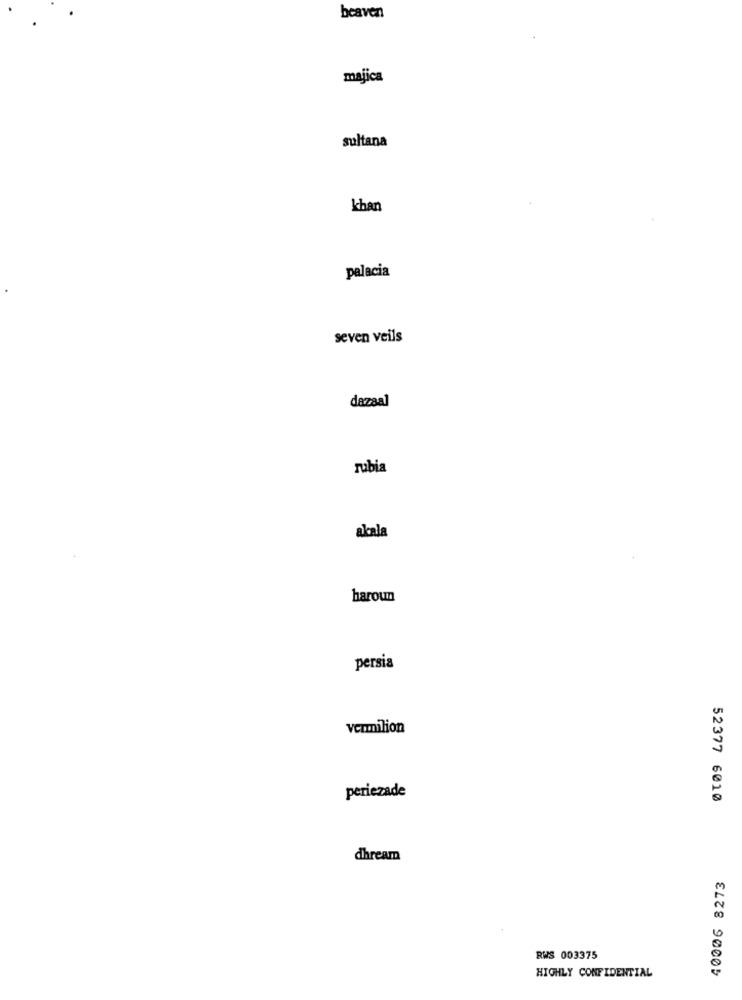
beaven
majica
sultana
khan
palacia
seven veils
dazaal
rubia
akala
haroun
persia
vermilion
periezade
52377 6010
dhream
40006 8273
RWS 003375
HIGHLY CONFIDENTIAL